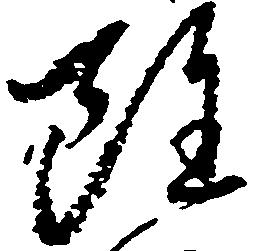
雖